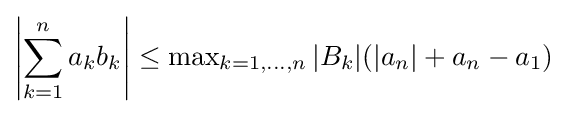
\left|\sum _{k=1}^{n}a_{k}b_{k}\right|\leq \operatorname {max} _{k=1,\dots ,n}|B_{k}|(|a_{n}|+a_{n}-a_{1})